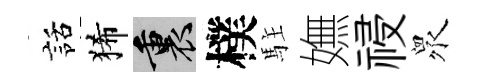
話狶裏樸駐嫵祲衆